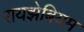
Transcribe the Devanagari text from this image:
रायझेबियम